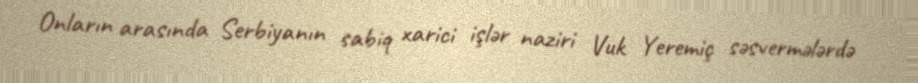
Onların arasında Serbiyanın sabiq xarici işlər naziri Vuk Yeremiç səsvermələrdə